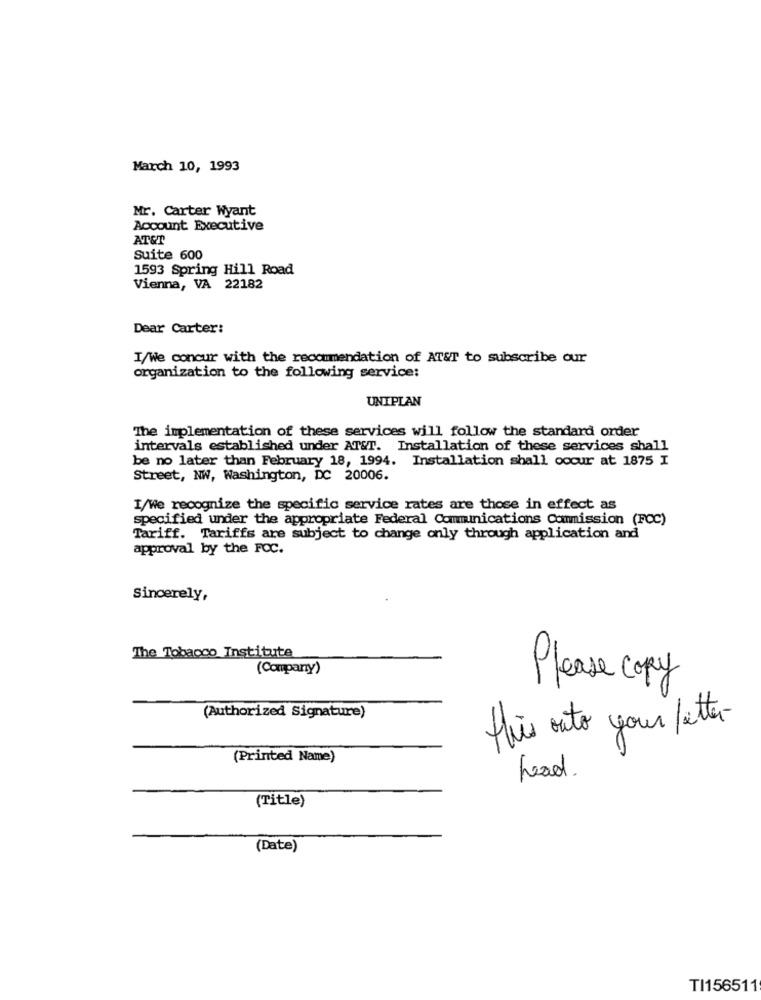
March 10, 1993
Mr. Carter Wyant
Account Executive
AT&T
Suite 600
1593 Spring Hill Road
Vienna, VA 22182
Dear Carter:
I/We concur with the recommendation of AT&T to subscribe our
organization to the following service:
UNIPLAN
The implementation of these services will follow the standard order
intervals established under AT&T. Installation of these services shall
be no later than February 18, 1994. Installation shall occur at 1875 I
Street, NW, Washington, DC 20006.
I/We recognize the specific service rates are those in effect as
specified under the appropriate Federal Communications Commission (FCC)
Tariff. Tariffs are subject to change only through application and
approval by the FCC.
Sincerely,
The Tobacco Institute
(Company)
Please copy
(Authorized Signature)
this outo your letter-
(Printed Name)
head.
(Title)
(Date)
TI156511